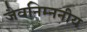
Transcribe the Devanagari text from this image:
जैवनिम्ननीय